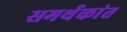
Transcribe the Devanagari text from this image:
समर्थकांत